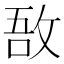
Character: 敔